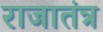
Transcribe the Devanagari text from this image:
राजातंत्र